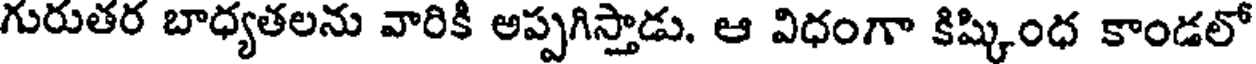
గురుతర బాధ్యతలను వారికి అప్పగిస్తాడు. ఆ విధంగా కిష్కింధ కాండలో